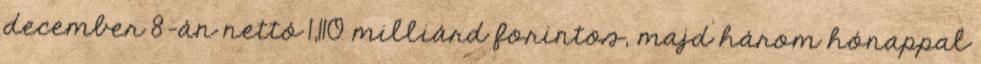
december 8-án nettó 1,110 milliárd forintos, majd három hónappal